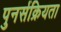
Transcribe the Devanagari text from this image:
पुनर्सक्रियता